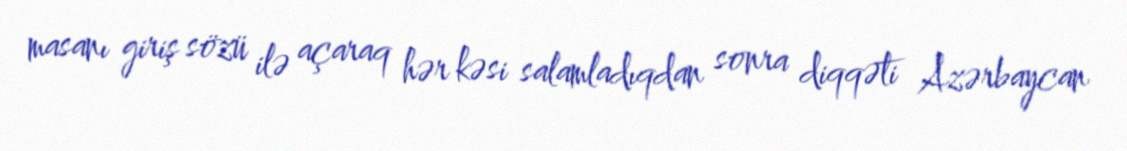
masanı giriş sözü ilə açaraq hər kəsi salamladıqdan sonra diqqəti Azərbaycan